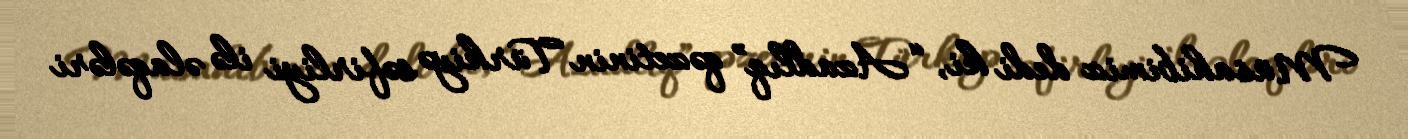
Müsahibimiz dedi ki, “Azadlıq” qəzetinin Türkiyə səfirliyi ilə əlaqələri